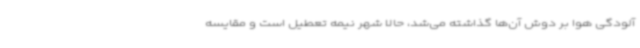
آلودگی هوا بر دوش آن‌ها گذاشته می‌شد، حالا شهر نیمه تعطیل است و مقایسه